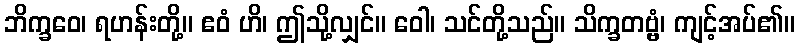
ဘိက္ခဝေ၊ ရဟန်းတို့။ ဧဝံ ဟိ၊ ဤသို့လျှင်။ ဝေါ၊ သင်တို့သည်။ သိက္ခတဗ္ဗံ၊ ကျင့်အပ်၏။